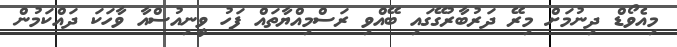
މިއެވޯޑް ދިނުމަށް މިރޭ ދަރުބާރުގޭގައި ބޭއްވި ރަސްމިއްޔާތައް ފަހު ވީނިއުސްއާ ވާހަކަ ދައްކަމުން